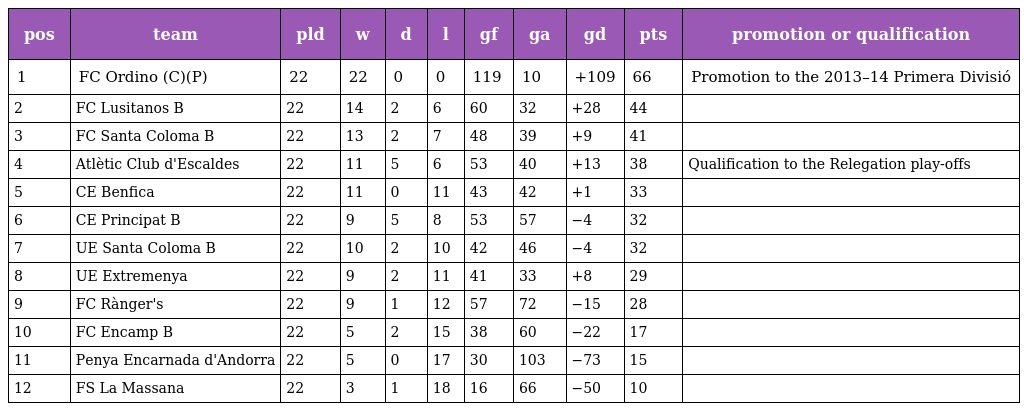
| pos | team | pld | w | d | l | gf | ga | gd | pts | promotion or qualification |
 | --- | --- | --- | --- | --- | --- | --- | --- | --- | --- | --- |
 | 1 | FC Ordino (C)(P) | 22 | 22 | 0 | 0 | 119 | 10 | +109 | 66 | Promotion to the 2013–14 Primera Divisió |
 | 2 | FC Lusitanos B | 22 | 14 | 2 | 6 | 60 | 32 | +28 | 44 |  |
 | 3 | FC Santa Coloma B | 22 | 13 | 2 | 7 | 48 | 39 | +9 | 41 |  |
 | 4 | Atlètic Club d'Escaldes | 22 | 11 | 5 | 6 | 53 | 40 | +13 | 38 | Qualification to the Relegation play-offs |
 | 5 | CE Benfica | 22 | 11 | 0 | 11 | 43 | 42 | +1 | 33 |  |
 | 6 | CE Principat B | 22 | 9 | 5 | 8 | 53 | 57 | −4 | 32 |  |
 | 7 | UE Santa Coloma B | 22 | 10 | 2 | 10 | 42 | 46 | −4 | 32 |  |
 | 8 | UE Extremenya | 22 | 9 | 2 | 11 | 41 | 33 | +8 | 29 |  |
 | 9 | FC Rànger's | 22 | 9 | 1 | 12 | 57 | 72 | −15 | 28 |  |
 | 10 | FC Encamp B | 22 | 5 | 2 | 15 | 38 | 60 | −22 | 17 |  |
 | 11 | Penya Encarnada d'Andorra | 22 | 5 | 0 | 17 | 30 | 103 | −73 | 15 |  |
 | 12 | FS La Massana | 22 | 3 | 1 | 18 | 16 | 66 | −50 | 10 |  |